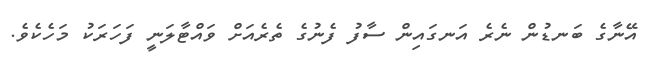
އޭނާގެ ބަނޑުން ނެރެ އަނގައިން ސާފު ފެނުގެ ތެރެއަށް ވައްޓާލަނީ ފަހަރަކު މަހެކެވެ.